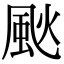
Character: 𩖧